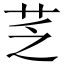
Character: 䒦